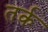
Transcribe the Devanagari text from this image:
तर्क